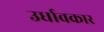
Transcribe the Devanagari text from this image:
उर्धावकार